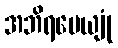
အဘိရမေယျုံ